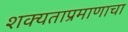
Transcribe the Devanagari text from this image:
शक्यताप्रमाणाचा